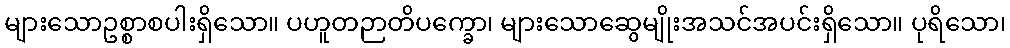
များသောဥစ္စာစပါးရှိသော။ ပဟူတဉာတိပက္ခော၊ များသောဆွေမျိုးအသင်အပင်းရှိသော။ ပုရိသော၊